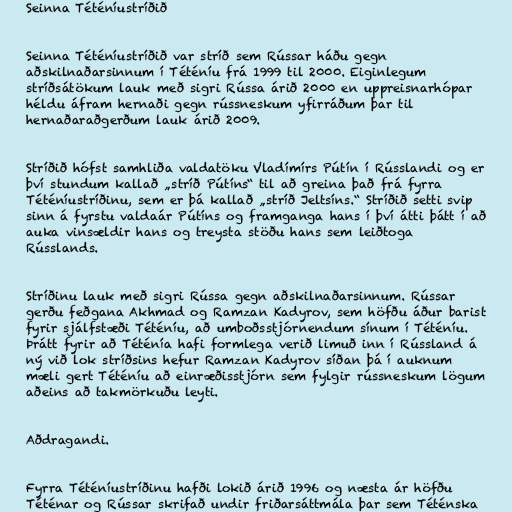
Seinna Téténíustríðið

Seinna Téténíustríðið var stríð sem Rússar háðu gegn
aðskilnaðarsinnum í Téténíu frá 1999 til 2000. Eiginlegum
stríðsátökum lauk með sigri Rússa árið 2000 en uppreisnarhópar
héldu áfram hernaði gegn rússneskum yfirráðum þar til
hernaðaraðgerðum lauk árið 2009.

Stríðið hófst samhliða valdatöku Vladímírs Pútín í Rússlandi og er
því stundum kallað „stríð Pútíns“ til að greina það frá fyrra
Téténíustríðinu, sem er þá kallað „stríð Jeltsíns.“ Stríðið setti svip
sinn á fyrstu valdaár Pútíns og framganga hans í því átti þátt í að
auka vinsældir hans og treysta stöðu hans sem leiðtoga
Rússlands.

Stríðinu lauk með sigri Rússa gegn aðskilnaðarsinnum. Rússar
gerðu feðgana Akhmad og Ramzan Kadyrov, sem höfðu áður barist
fyrir sjálfstæði Téténíu, að umboðsstjórnendum sínum í Téténíu.
Þrátt fyrir að Téténía hafi formlega verið limuð inn í Rússland á
ný við lok stríðsins hefur Ramzan Kadyrov síðan þá í auknum
mæli gert Téténíu að einræðisstjórn sem fylgir rússneskum lögum
aðeins að takmörkuðu leyti.

Aðdragandi.

Fyrra Téténíustríðinu hafði lokið árið 1996 og næsta ár höfðu
Téténar og Rússar skrifað undir friðarsáttmála þar sem Téténska